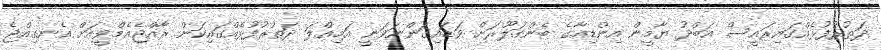
ދަތުރުފުޅެއްގައިރައީސް އަބްދު ޔާމީން އިންޑިއާގެ ބެންގަލޫރަށް ވަޑައިގަންނަވަނީ އަމިއްލަ ދަތުރުފުޅެއްގައިކަން ރާއްޖެއެމްވީއަށް އެނގިއްޖެ